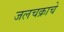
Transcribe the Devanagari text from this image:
जलचक्राचे